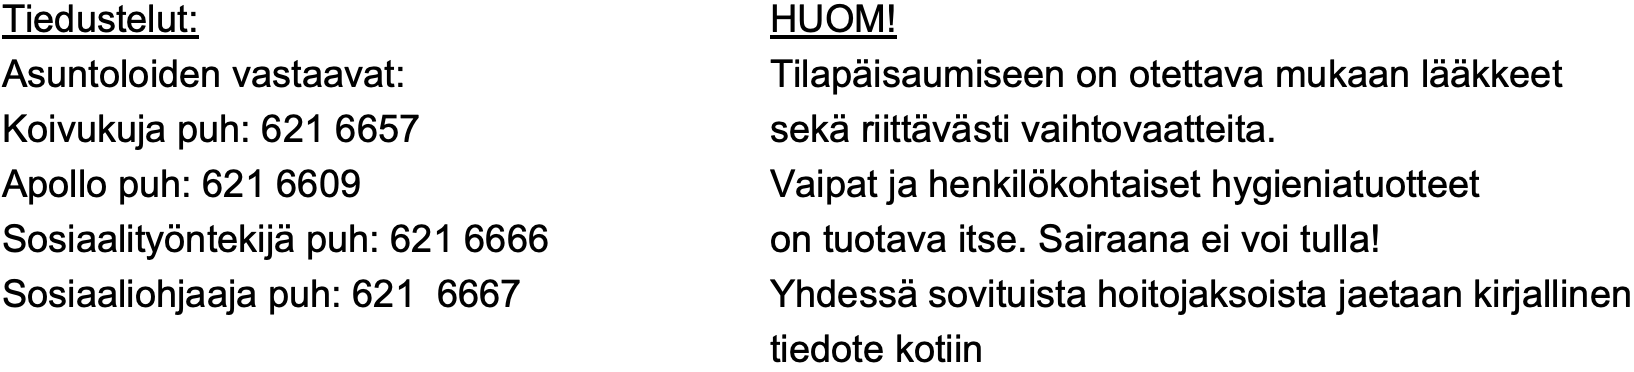
Tiedustelut:              HUOM! Asuntoloiden vastaavat:   Tilapäisaumiseen on otettava mukaan lääkkeet Koivukuja puh: 621 6657   sekä riittävästi vaihtovaatteita. Apollo puh: 621 6609      Vaipat ja henkilökohtaiset hygieniatuotteet Sosiaalityöntekijä puh: 621 6666 on tuotava itse. Sairaana ei voi tulla! Sosiaaliohjaaja puh: 621 6667 Yhdessä sovituista hoitojaksoista jaetaan kirjallinen tiedote kotiin